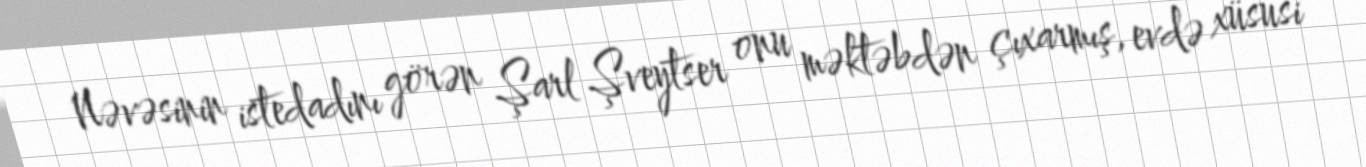
Nəvəsinin istedadını görən Şarl Şveytser onu məktəbdən çıxarmış, evdə xüsusi